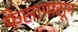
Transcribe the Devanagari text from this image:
फेसापासून